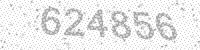
Solution: 624856